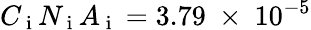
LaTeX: C_{\mathrm{~i~}}N_{\mathrm{~i~}}A_{\mathrm{~i~}}=3.79~\times~10^{-5}